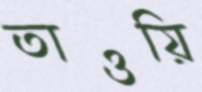
তাওয়ি